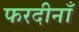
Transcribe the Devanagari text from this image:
फरदीनाँ